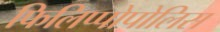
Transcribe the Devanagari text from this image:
फिलिप्पोपोलिस